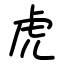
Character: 虎